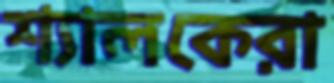
শ্যালকেরা